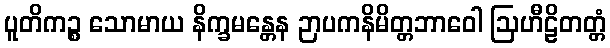
ပူတိကဉ္စ သောမာယ နိက္ခမန္တေန ဉာပကနိမိတ္တဘာဝေါ ဩဟီဠိတတ္တံ